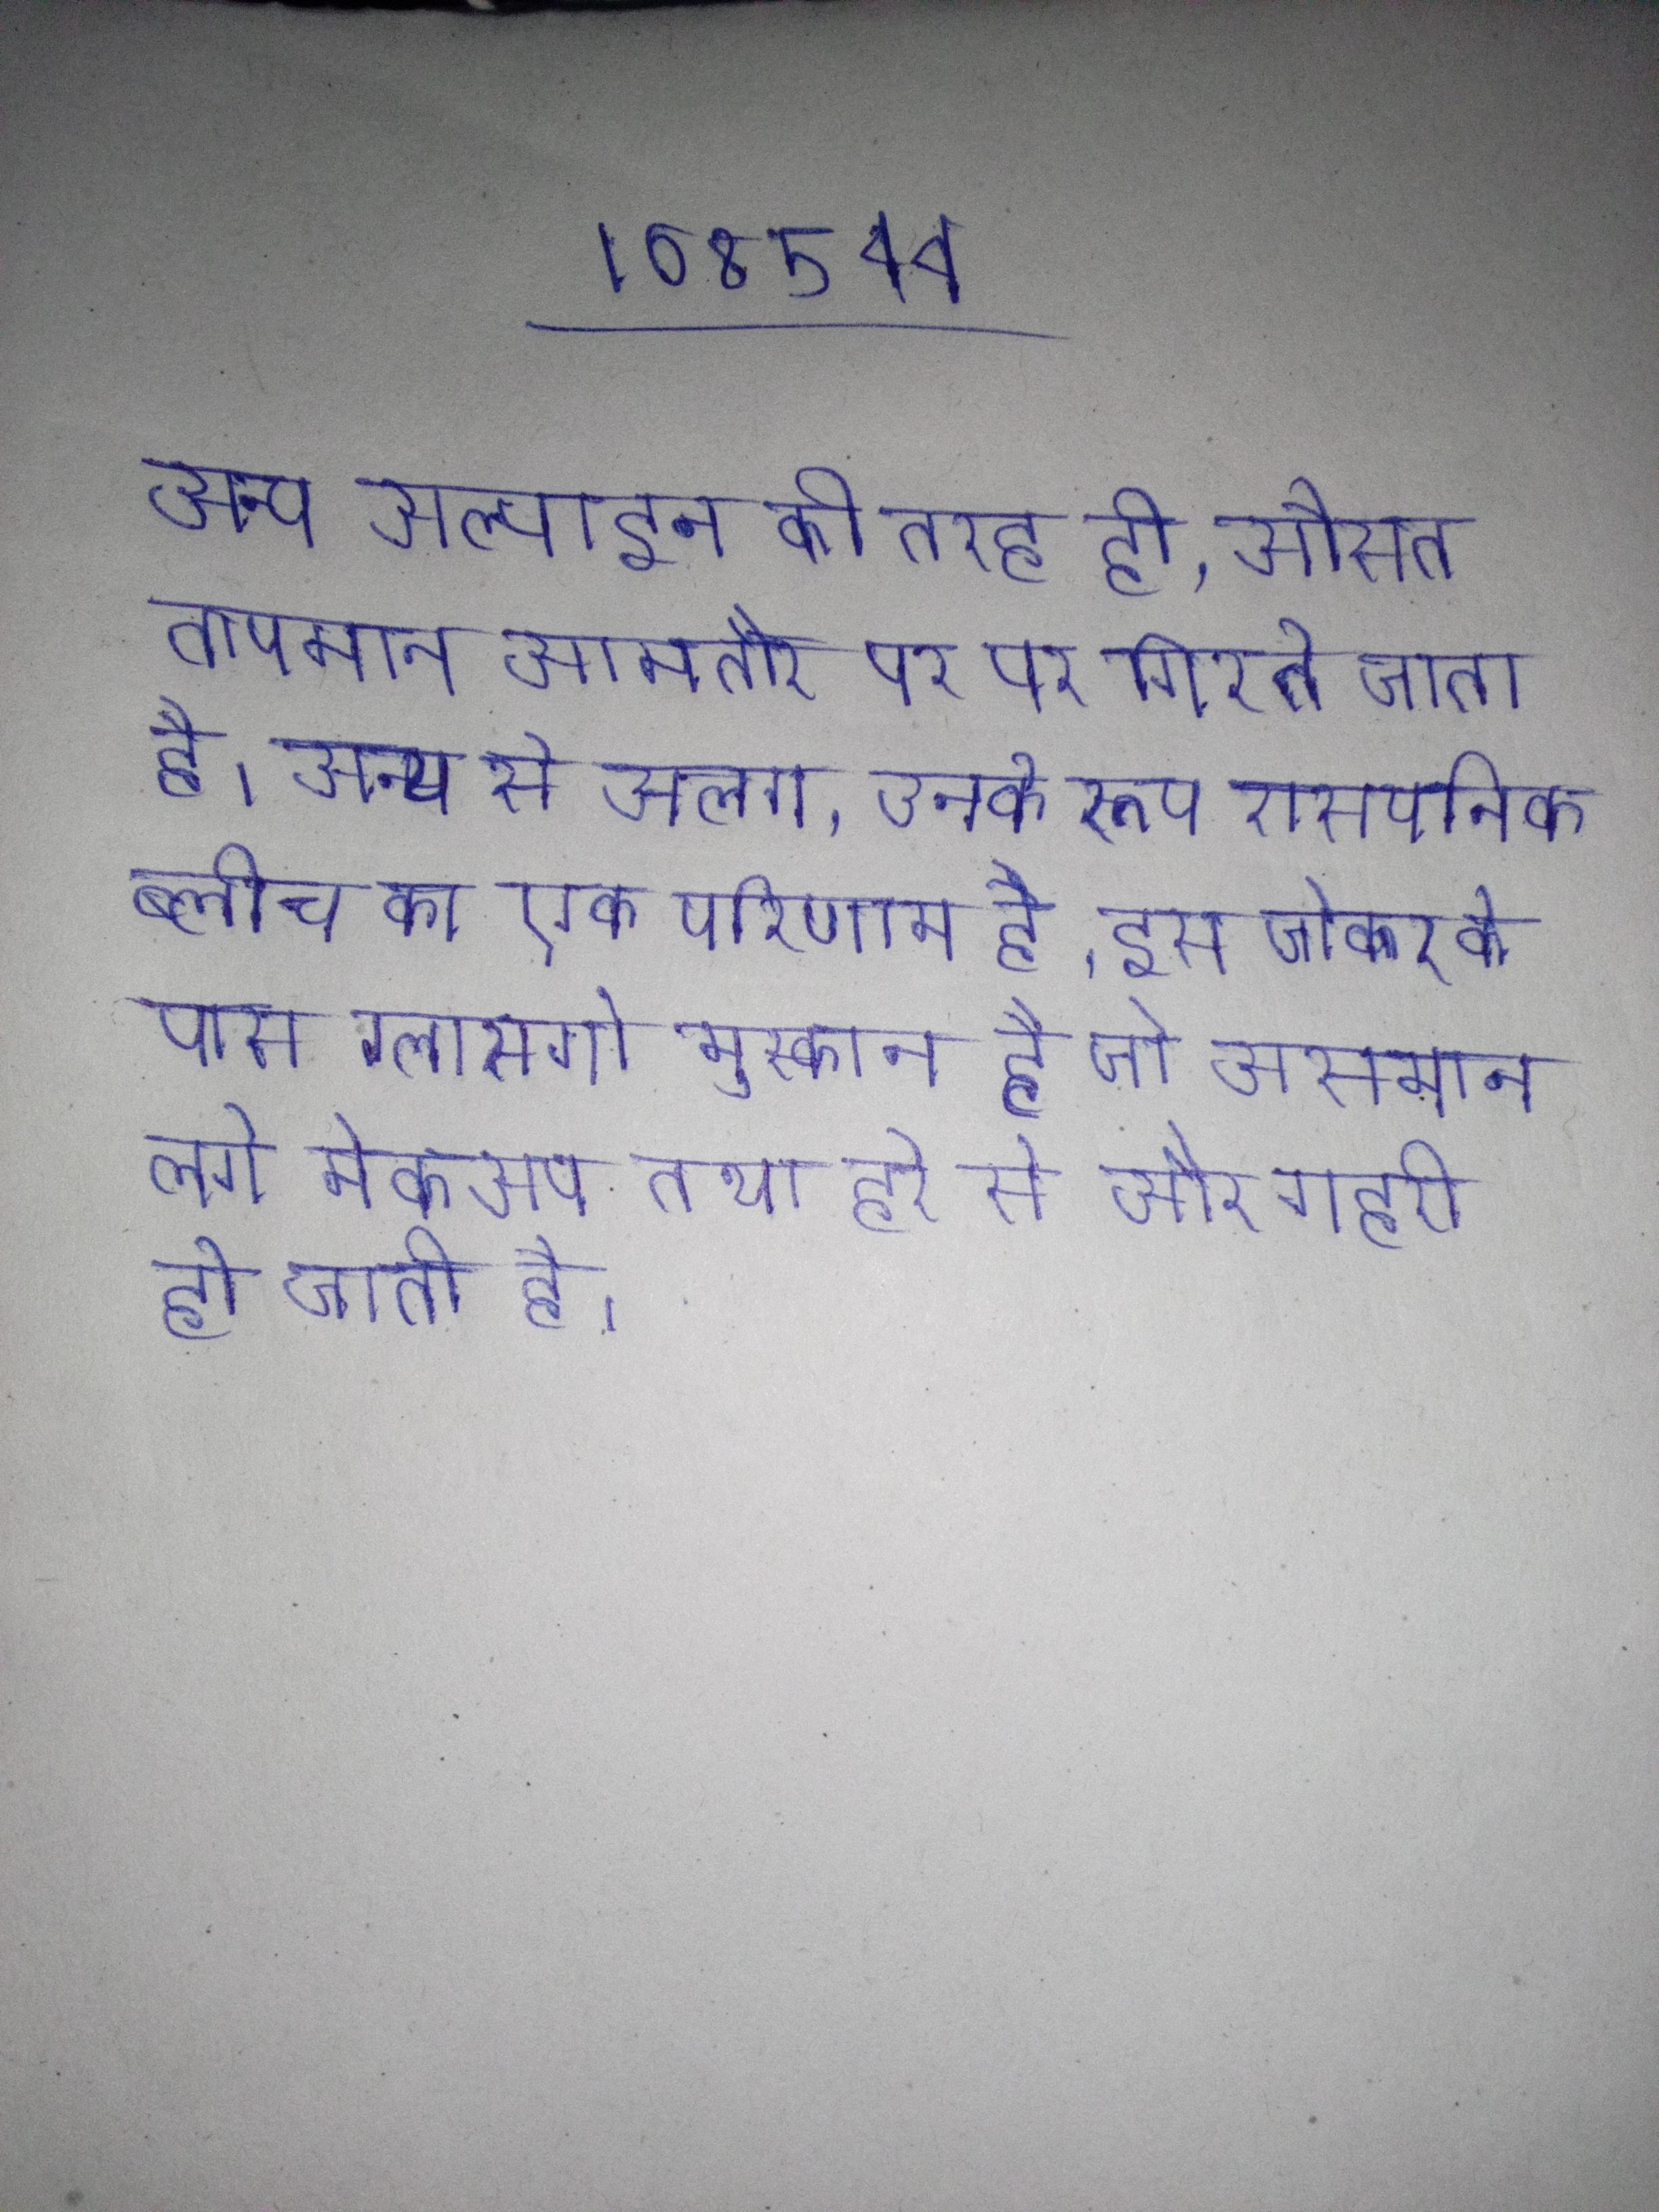
अन्य अल्पाइन की तरह ही, औसत तापमान आमतौर पर पर गिरते जाता है । अन्य से अलग, उनके रूप रासायनिक ब्लीच का एक परिणाम है, इस जोकर के पास ग्लासगो मुस्कान है जो असमान लगे मेकअप तथा हरे से और गहरी हो जाती है ।